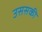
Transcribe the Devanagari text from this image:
उससकी